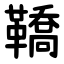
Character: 鞽